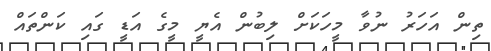
ތިން އަހަރު ނުވާ މީހަކަށް ލިބުން އެޔީ މީގެ އަޑީ ގައި ކަންތައް